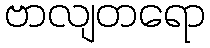
ဗာလျတရော